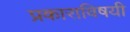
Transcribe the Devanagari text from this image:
प्रकाराविषयी